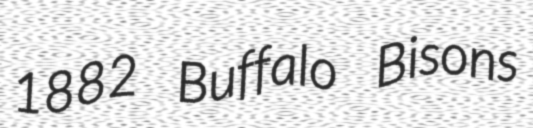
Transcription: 1882 Buffalo Bisons